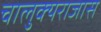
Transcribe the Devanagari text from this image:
चालुक्यराजास